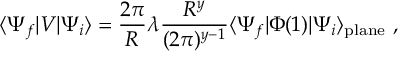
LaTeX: \langle \Psi _ { f } | V | \Psi _ { i } \rangle = \frac { 2 \pi } { R } \lambda \frac { R ^ { y } } { ( 2 \pi ) ^ { y - 1 } } \langle \Psi _ { f } | \Phi ( 1 ) | \Psi _ { i } \rangle _ { \mathrm { p l a n e } } \ ,